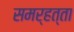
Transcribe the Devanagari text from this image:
समर्हत्ता